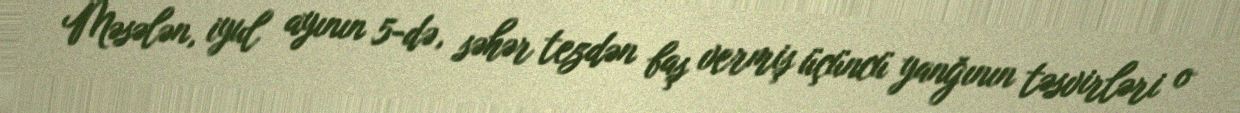
Məsələn, iyul ayının 5-də, səhər tezdən baş vermiş üçüncü yanğının təsvirləri o